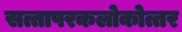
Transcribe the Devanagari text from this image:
सत्तापरकलोकोत्तर